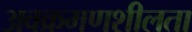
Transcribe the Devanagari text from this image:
अवक्रमणशीलता